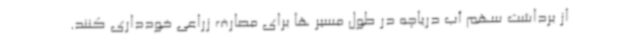
از برداشت سهم آب دریاچه در طول مسیر ها برای مصارف زراعی خودداری کنند.